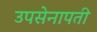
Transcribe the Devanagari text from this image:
उपसेनापती